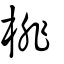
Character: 棑